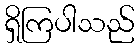
ရှိကြပါသည်